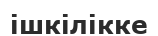
ішкілікке